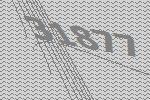
31877